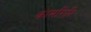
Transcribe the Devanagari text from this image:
कामगिरि